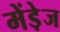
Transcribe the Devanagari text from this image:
मेंडे़ज